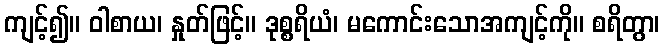
ကျင့်၍။ ဝါစာယ၊ နှုတ်ဖြင့်။ ဒုစ္စရိယံ၊ မကောင်းသောအကျင့်ကို။ စရိတွာ၊